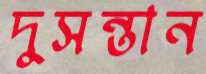
দুসন্তান